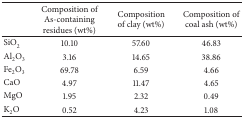
<table><thead><tr><td><b> </b></td><td><b>Composition of As-containing residues (wt%)</b></td><td><b>Composition of clay (wt%)</b></td><td><b>Composition of coal ash (wt%)</b></td></tr></thead><tbody><tr><td>SiO<sub>2</sub></td><td>10.10</td><td>57.60</td><td>46.83</td></tr><tr><td>Al<sub>2</sub>O<sub>3</sub></td><td>3.16</td><td>14.65</td><td>38.86</td></tr><tr><td>Fe<sub>2</sub>O<sub>3</sub></td><td>69.78</td><td>6.59</td><td>4.66</td></tr><tr><td>CaO</td><td>4.97</td><td>11.47</td><td>4.65</td></tr><tr><td>MgO</td><td>1.95</td><td>2.32</td><td>0.49</td></tr><tr><td>K<sub>2</sub>O</td><td>0.52</td><td>4.23</td><td>1.08</td></tr></tbody></table>